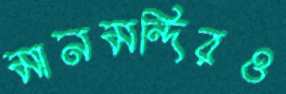
মানমন্দিরও